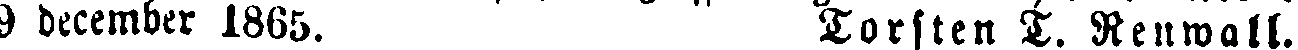
9 december 1865. Torsten T. Renwall.